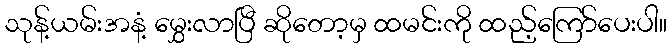
သုန့်ယမ်းအနံ့ မွှေးလာပြီ ဆိုတော့မှ ထမင်းကို ထည့်ကြော်ပေးပါ။